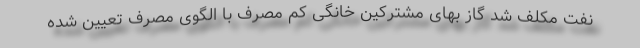
نفت مکلف شد گاز بهای مشترکین خانگی کم مصرف با الگوی مصرف تعیین شده